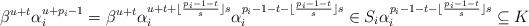
LaTeX: \begin{align*}\beta^{u+t} \alpha_i^{u+p_i-1} = \beta^{u+t} \alpha_i^{u+t+ \lfloor \frac{p_i-1-t}{s} \rfloor s} \alpha_i^{p_i-1-t - \lfloor \frac{p_i-1-t}{s} \rfloor s} \in S_i \alpha_i^{p_i-1-t - \lfloor \frac{p_i-1-t}{s} \rfloor s} \subseteq K\end{align*}